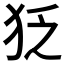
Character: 𤝑